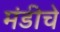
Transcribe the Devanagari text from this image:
मंडीचे